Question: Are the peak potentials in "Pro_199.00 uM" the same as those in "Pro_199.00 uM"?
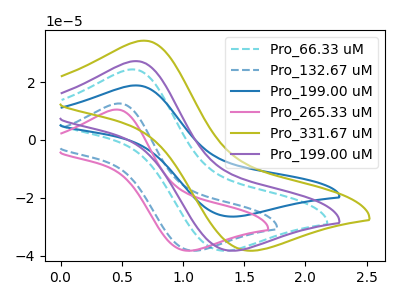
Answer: <think>The cyan dashed curve "Pro_66.33 uM" has an anodic peak at (0.60V, 24.45uA) and a cathodic peak at (1.30V, -38.30uA). The blue dashed curve "Pro_132.67 uM" has an anodic peak at (0.50V, 12.65uA) and a cathodic peak at (1.05V, -38.30uA). The blue curve "Pro_199.00 uM" has an anodic peak at (0.60V, 18.90uA) and a cathodic peak at (1.40V, -26.50uA). The pink curve "Pro_265.33 uM" has an anodic peak at (0.45V, 10.55uA) and a cathodic peak at (1.00V, -38.30uA). The olive curve "Pro_331.67 uM" has an anodic peak at (0.70V, 34.40uA) and a cathodic peak at (1.50V, -38.30uA). The purple curve "Pro_199.00 uM" has an anodic peak at (0.60V, 27.30uA) and a cathodic peak at (1.40V, -38.30uA).</think>
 <answer>Yes, "Pro_199.00 uM" have a peak in "Pro_199.00 uM" at the same potential.</answer>
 <eval>match</eval>